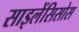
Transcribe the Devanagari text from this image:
साइलेंसिसोस